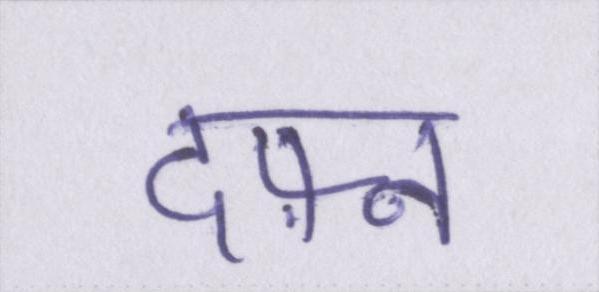
दफ़्न